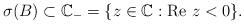
LaTeX: \begin{align*}\sigma(B) \subset \mathbb{C}_-=\{z \in \mathbb{C} : \textrm{Re }z<0\}.\end{align*}